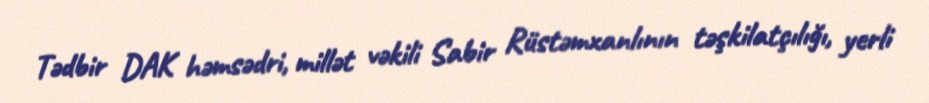
Tədbir DAK həmsədri, millət vəkili Sabir Rüstəmxanlının təşkilatçılığı, yerli